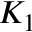
K _ { 1 }